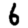
Digit: 6